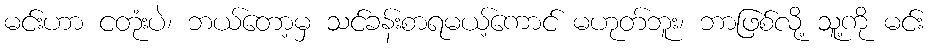
မင်းဟာ ငတုံးပဲ၊ ဘယ်တော့မှ သင်ခန်းစာရမယ့်ကောင် မဟုတ်ဘူး၊ ဘာဖြစ်လို့ သူ့ကို မင်း